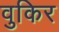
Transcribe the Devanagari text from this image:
वुकिर